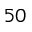
5 0